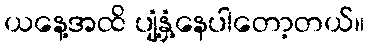
ယနေ့အထိ ပျံ့နှံ့နေပါတော့တယ်။